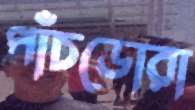
পাঁচডোরা